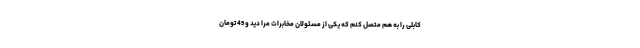
کابلی را به هم متصل کنم که یکی از مسئولان مخابرات مرا دید و 45 تومان